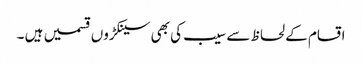
اقسام کے لحاظ سے سیب کی بھی سینکڑوں قسمیں ہیں ۔